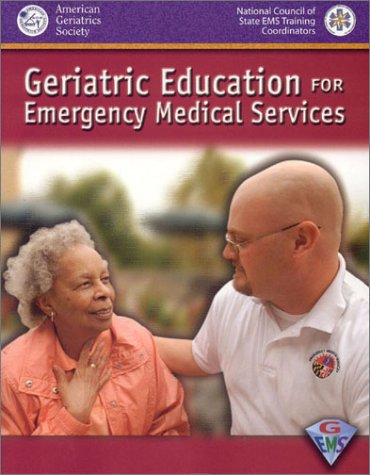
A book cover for Geriatric Education For Emergency Medical Services (GEMS); American Geriatrics Society; Health, Fitness & Dieting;